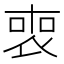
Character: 𠷫